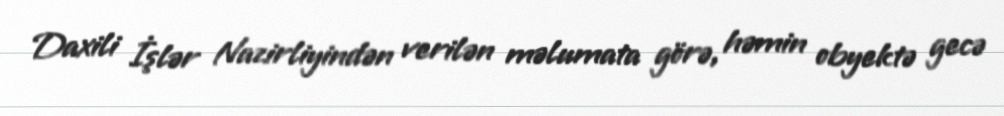
Daxili İşlər Nazirliyindən verilən məlumata görə, həmin obyektə gecə